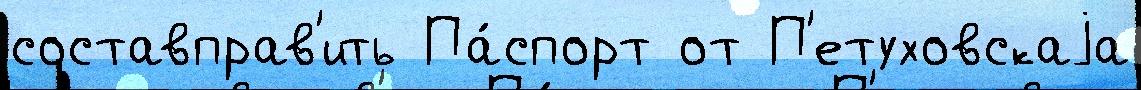
составправ'ить Па́спорт от П'етуховскаjа